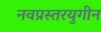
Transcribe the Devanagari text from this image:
नवप्रस्तरयुगीन